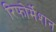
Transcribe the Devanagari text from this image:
रिफोर्मेशन